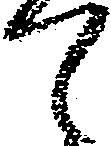
て